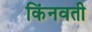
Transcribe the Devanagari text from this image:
किंनवती